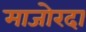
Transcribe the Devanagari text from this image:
माजोरदा